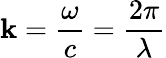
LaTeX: \mathbf{k}={\frac{{\omega}}{{c}}}={\frac{{2\pi}}{{\lambda}}}